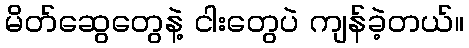
မိတ်ဆွေတွေနဲ့ ငါးတွေပဲ ကျန်ခဲ့တယ်။